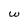
Character: w